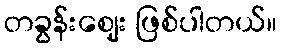
တခွန်းဈေး ဖြစ်ပါတယ်။